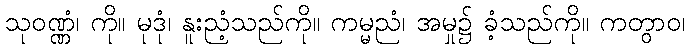
သုဝဏ္ဏံ၊ ကို။ မုဒုံ၊ နူးညံ့သည်ကို။ ကမ္မညံ၊ အမှု၌ ခံ့သည်ကို။ ကတွာဝ၊